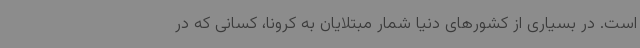
است. در بسیاری از کشورهای دنیا شمار مبتلایان به کرونا، کسانی که در